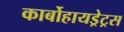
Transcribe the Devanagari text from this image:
कार्बोहायड्रेट्रस